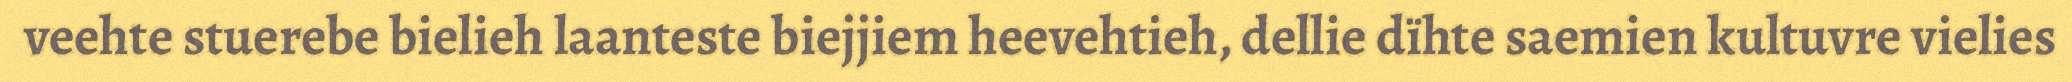
veehte stuerebe bielieh laanteste biejjiem heevehtieh, dellie dïhte saemien kultuvre vielies